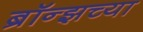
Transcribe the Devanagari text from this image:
ब्रॉन्झच्या